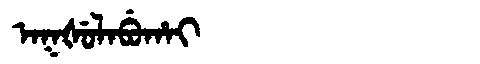
Manchu: ᠠᡴᡧᡠᠯᠠᠪᡠᡥᠠᡳ
Romanization: AKŠULABUHAI